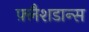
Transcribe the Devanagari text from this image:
फ़्लैशडान्स